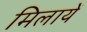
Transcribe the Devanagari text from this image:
मिलायें